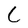
Character: C